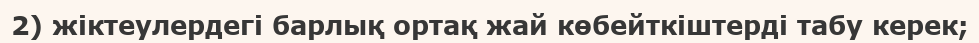
2) жіктеулердегі барлық ортақ жай көбейткіштерді табу керек;